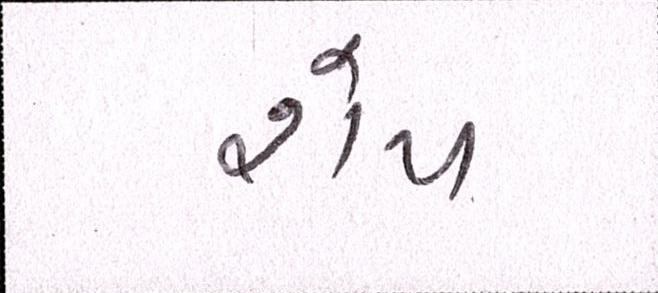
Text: શેપ